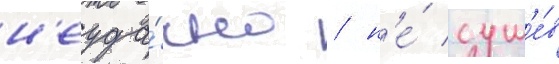
н'еуда́чно / н'е́ сум'е́в